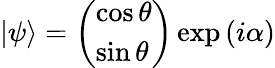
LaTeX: |\psi\rangle={\left(\begin{array}{l}{\cos\theta}\\ {\sin\theta}\end{array}\right)}\exp\left(i\alpha\right)